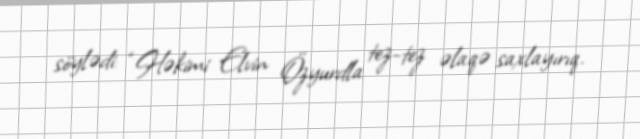
söylədi: “Həkimi Elvin Özyurdla tez-tez əlaqə saxlayırıq.